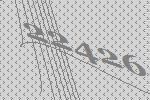
22426